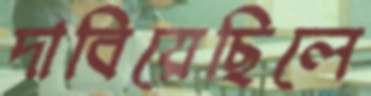
দাবিয়েছিলে